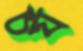
চর্য